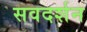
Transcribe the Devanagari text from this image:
सवदर्शन